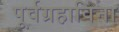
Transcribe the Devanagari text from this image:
पूर्वग्रहाविना